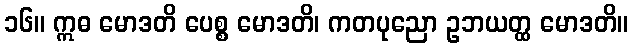
၁၆။ ဣဓ မောဒတိ ပေစ္စ မောဒတိ၊ ကတပုညော ဥဘယတ္ထ မောဒတိ။